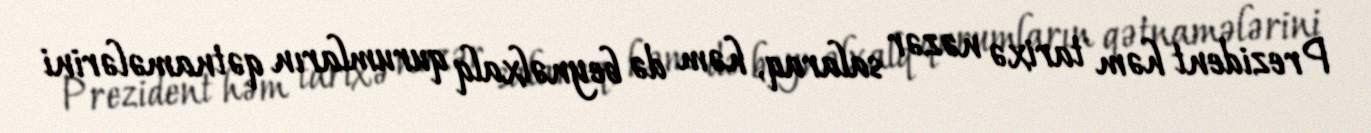
Prezident həm tarixə nəzər salaraq, həm də beynəlxalq qurumların qətnamələrini